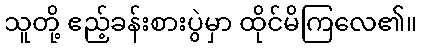
သူတို့ ဧည့်ခန်းစားပွဲမှာ ထိုင်မိကြလေ၏။